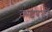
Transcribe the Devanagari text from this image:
क़दरदाॅ